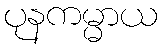
ပုနကမ္မာယ